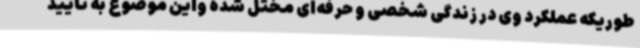
طوریکه عملکرد وی در زندگی شخصی و حرفه‌ای مختل شده واین موضوع به تایید